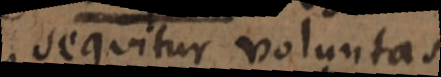
sequitur voluntas.